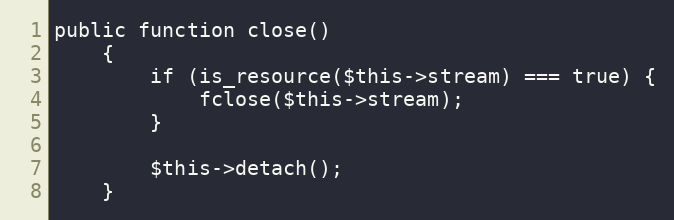
Language: PHP
public function close()
    {
        if (is_resource($this->stream) === true) {
            fclose($this->stream);
        }

        $this->detach();
    }